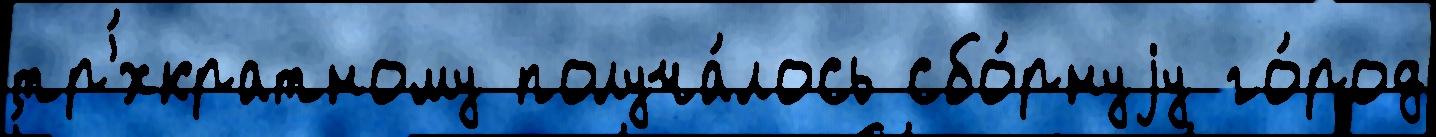
тр'́хкратному получа́лось сбо́рнуjу го́род